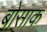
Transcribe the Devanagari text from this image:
बोसाक